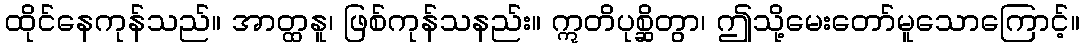
ထိုင်နေကုန်သည်။ အာတ္ထနူ၊ ဖြစ်ကုန်သနည်း။ ဣတိပုစ္ဆိတွာ၊ ဤသို့မေးတော်မူသောကြောင့်။